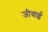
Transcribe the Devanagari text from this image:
जीवाई